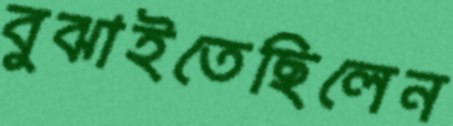
বুঝাইতেছিলেন